Sanitation, dispensaries and jails vaccination Rajputana 1922-1927 - 1922-1927
Year: 1922
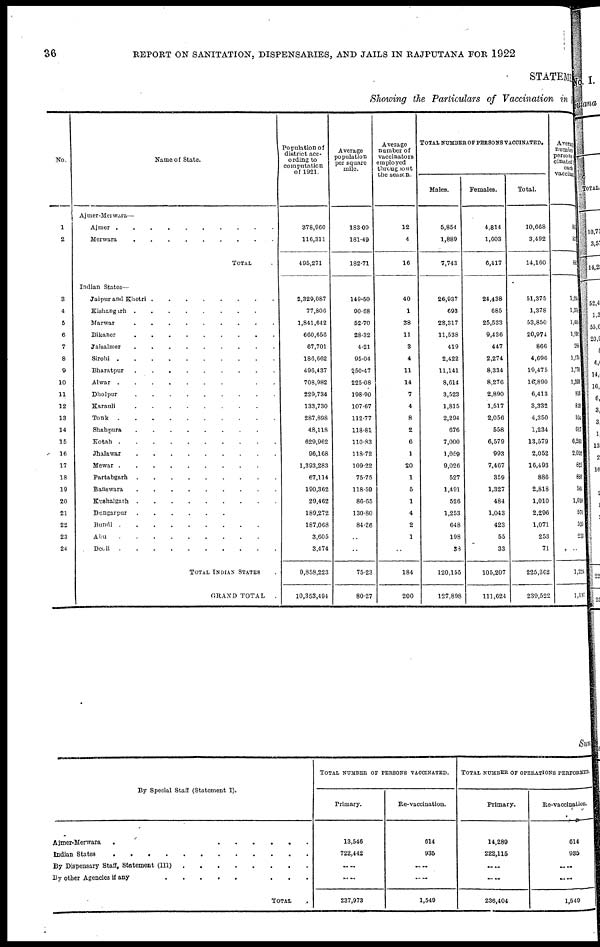
36
REPORT ON SANITATION, DISPENSARIES, AND JAILS IN RAJPUTANA FOR 1922
STATEME
Showing the Particulars of Vaccination in
No.
1
2
3
4
5
6
7
8
9
10
11
12
13
14
15
16
17
18
19
20
21
22
23
24
Name of State.
Ajmer-Merwara—
Ajmer . . . . . . . . .
Merwara . . . . . . .
TOTAL .
Indian States—
Jaipur and Khetri
.
.
.
.
.
.
Kishangarh . . . . . . . . . .
Marwar . . . . . . . . .
Bikaner
.
.
.
.
.
.
.
.
Jaisalmer . . . . . . . .
Sirohi
.
.
.
.
.
.
.
.
.
Bharatpur . . . . . . . .
Alwar . . . . . . . . . .
Dholpur
.
.
.
.
.
.
.
.
.
Karauli . . . . . . . . . .
Tonk
.
.
.
.
.
.
.
.
.
.
Shahpura
.
.
.
.
.
.
.
.
Kotah
.
.
.
.
.
.
.
.
Jhalawar
.
.
.
.
.
.
.
.
.
Mewar
.
.
.
.
.
.
.
.
.
Partabgarb . . . . . . . .
Banswara . . . . . . . . .
Kushalgarh
.
.
.
.
.
.
.
.
Dungarpur
.
.
.
.
.
.
.
.
.
Bundi
.
.
.
.
.
.
.
.
.
.
Abu
.
.
.
.
.
.
.
.
.
.
Deoli
.
.
.
.
.
.
.
.
.
.
TOTAL INDIAN STATES .
GRAND TOTAL
.
Population of
district acc-
ording to
computation
of 1921.
378,960
116,311
495,271
2,329,087
77,806
1,841,642
660,656
67,701
186,662
496,437
708,982
229,734
133,730
287,898
48,118
629,962
96,168
1,393,283
67,114
190,362
29,462
189,272
187,068
3,605
3,474
9,858,223
10,353,494
Average
population
per square
mile.
183.09
181.49
182.71
149.50
90.68
52.70
28.32
4.21
95.04
250.47
225.08
198.90
107.67
112.77
118.81
110.83
118.72
109.22
75.75
118.59
86.65
130.80
84.26
..
..
75.23
80.27
Average
number of
vaccinators
employed
throughout
the season.
12
4
16
40
1
38
11
3
4
11
14
7
4
8
2
6
1
20
1
5
1
4
2
1
..
184
200
TOTAL NUMBER OF PERSONS VACCINATES.
Males.
5,854
1,889
7,743
26,937
693
28,317
11,538
419
2,422
11,141
8,614
3,523
1,815
2,294
676
7,000
1,059
9,026
527
1,491
526
1,253
648
198
38
120,155
127,898
Females.
4,814
1,603
6,417
24,438
685
25,533
9,436
447
2,274
8,334
8,276
2,890
1,517
2,056
558
6,579
993
7,467
359
1,327
484
1,043
423
55
33
105,207
111,624
Total.
10,668
3,492
14,160
51,375
1,378
53,850
20,974
866
4,696
19,475
16,890
6,413
3,332
4,350
1,234
13,579
2,052
16,493
886
2,818
1,010
2,296
1,071
253
71
225,362
239,522
Average
number
persons vac ¬
cinated by
each
vaccinator
88
87
8
1,234
l,376
1,418
1,901
285
1,174
1,778
1,205
916
833
554
617
6,263
2,052
825
886
564
1,014
574
535
253
..
1,224
1,197
Sum
By Special Staff (Statement I).
Ajmer-Merwara
. . . . . . .
Indian States . . . . . . . . . .
By Dispensary Staff, Statement (III)
.
.
.
.
.
.
.
.
By other Agencies if any . . . . . . . .
TOTAL .
TOTAL NUMBER OF PERSONS VACCINATED.
Primary.
13,546
722,442
.. ..
.. ..
237,973
Re-vaccination.
614
935
.. ..
.. ..
1,549
TOTAL NUMBER OF OPERATIONS PERFORMED.
Primary.
14,289
222,115
.. ..
.. ..
236,404
Re-vaccination.
614
935
.. ..
.. ..
1,549